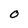
Character: O